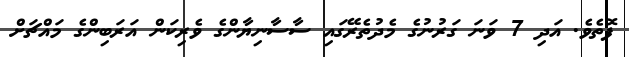
ފޮތެވެ. އަދި 7 ވަނަ ގަރުނުގެ މެދުތެރޭގައި ސާސާނިޔާންގެ ވެރިކަން އަރަބިންގެ މައްޗަށް